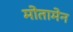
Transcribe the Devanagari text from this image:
मोतामेन